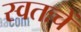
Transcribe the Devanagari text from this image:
स्वतःचें